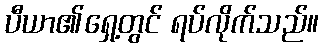
ပီယာ၏ရှေ့တွင် ရပ်လိုက်သည်။